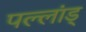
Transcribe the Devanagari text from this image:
पल्लांड्